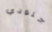
جنودي